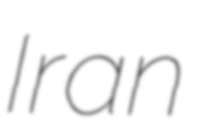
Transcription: Iran